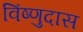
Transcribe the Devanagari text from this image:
विंष्णुदास